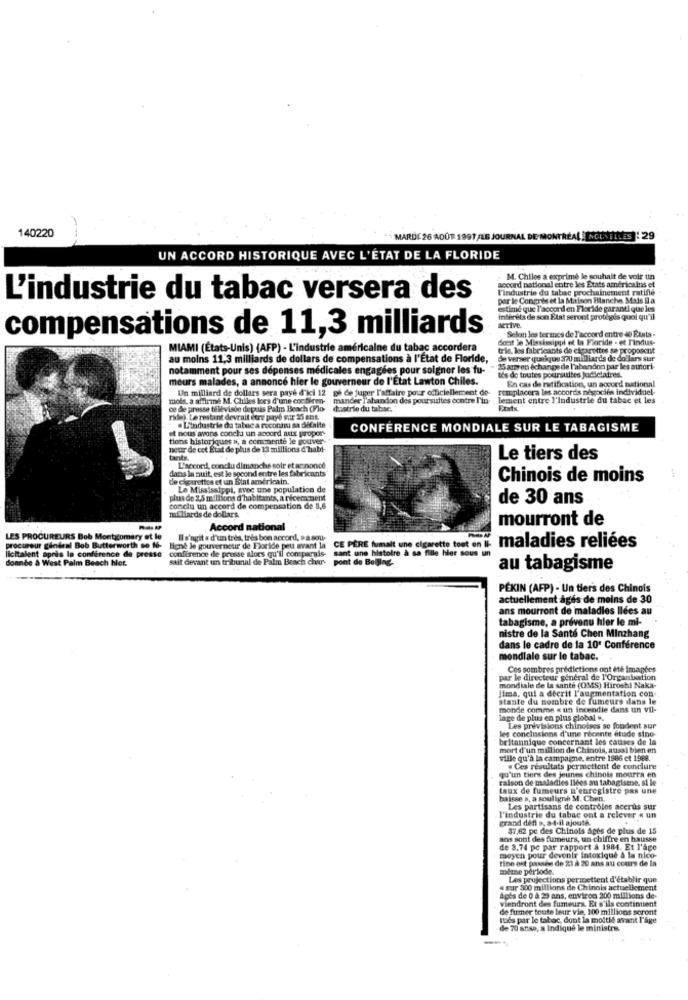
140220
MARDI 26 AOÛT 1991 /LE JOURNAL DE MONTRÉAL NCLVILLES :29
UN ACCORD HISTORIQUE AVEC L'ÉTAT DE LA FLORIDE
Accord national entre les Etats américains et
M. Chiles a exprimé le souhait de voir un
l'industrie du tabac prochainement ratifie
L'industrie du tabac versera des
par le Congnie et la Maison Blanche, Mais il a
estimé que l'accord en Floride garanti que les
interets de son Etat seront protigodis quoi qu'il
compensations de 11,3 milliards
scrive
Selon les termes de l'accord entre 4 Etats -
Sont le Missiesippi et la Fioride - et Findus-
MIAMI (États-unis) (AFP) - L'industrie américaine du tabac accordera
trin, les fabricants de cigarettes se proposent
au moins 11,3 milliards de dollars de compensations à l'Etat de Floride,
de verser quelque 370 milliards de dollars sur
notamment pour ses dépenses médicales engagées pour soigner les fu-
25 ans en échange de l'abandon par les autori-
tés de toutes poursuites judiciaires.
mours malades, a annoncé hier le gouverneur de l'Etat Lawton Chiles.
En cas de ratification, un accord national
Un milliard de dollars sera payé d'ici 12 gb de juger l'affaire pour officiellement do-
remplacera les accords negocios individuel-
mols, a affirmé M. Chiles kes d'une cocfiren-
mander T'abandon des poursuites contre l'in-
lement entre l'industrie du tabac et les
ce de presse televisie depuis Palm Beach (Flo-
dustrie du tabac.
ride), Le restant devrait dere paye sur 35 ent.
et nous avons concha un accord aux propor-
. L'industrie da tabac a reconnu sa difalte
CONFERENCE MONDIALE SUR LE TABAGISME
tiens historiques a, a commenté le gouver-
neur de cet État de plus de 13 millions d'habi-
Le tiers des
dans la nuit, est le second entre les fabricants
L'accord, conclu dimanche soir et acnonce
de cigarettes et un Btat américain.
Chinois de moins
Le Mississippi, avec une population de
plus de 2,5 millions d'habitants, a nicecachent
de 30 ans
conclu un accord de compensation de 8,6
milliards de dollars.
mourront de
Accord national
LES PROCUREURS Bob Montgomery et le
Is'agit e d'un très, très bon accord, » a sou-
licitalent apris la conférence de presse
procureur général Bob Butterworth so fo- light le gouverneur de Floride peu avant la
ur gindeal Bob Butterworth so 16-
conférence de presse alors qu'il con parais-
sant une histoire à sa fille hier sous un
CE PERE fumait une cigarette tout en Ii-
maladies reliées
donnée à West Palm Beach hler.
sait devant un tribunal de Palm Beach char-
pont de Beijing.
au tabagisme
PEKIN (AFP) - Un tiers des Chinois
actuellement ages de moins de 30
ans mourront de maladies Ilées au
tabagisme, a prévenu hier le mi-
nistre de la Santé Chen Minzhang
dans le cadre de la 10ª Conférence
mondiale sur le tabac.
Ces sombres predictions ont été imapbes
par le directeur général de l'Organisation
mondiale de la santé (OMS) Hiroshi Naka-
lima, qui a décrit l'augmentation con-
stante du nombre de fumeurs dans le
monde comme « un incendie dans un vil-
lage de plus en plus global ".
Les prévisions chinoises se fondent sur
britannique concernant les causes de la
conclusions d'une recente etude sino-
mort d'un million de Chinois, aussi bien en
ville qu'à la campagne, entre 1986 ct 1988.
. Ces résultats permettent de conclure
raison de maladies ilees au tabagisme. si le
qu'un tiers des jeunes chinois mourra en
taux de fumeurs n'enregistre pas une
baisse s, a souligné M. Chen,
Les partisans de controles acerus sur
l'industrie du tabac ont a relever « un
grand défi », a-t-il ajouté.
37,62 pe des Chinois âges de plus de 15
ans sont des fumeurs, un chiffre en hausse
de 3,74 pc par rapport à 1984. Et l'ago
moyen pour devenir Intoxique à la nico-
tine ost passes de 23 à 20 ans au cours de In
moime periode.
Les projections permettent d'établir que
« sur 300 millions de Chinois actuellement
viendront des fumeurs. Et s'ils continuent
Após de 0 à 29 ans, environ 200 millions de-
de fumer toute leur vie, 100 millions seront
tués par le tabac, dont la moitié avant l'age
de 70 ansa, a indiqué le ministre